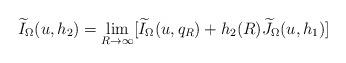
LaTeX: \begin{align*}\widetilde{I}_{\Omega}(u,h_{2})=\lim_{R\rightarrow\infty}[\widetilde{I}_{\Omega}(u,q_{R})+h_{2}(R)\widetilde{J}_{\Omega}(u,h_{1})]\end{align*}